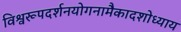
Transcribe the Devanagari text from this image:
विश्वरूपदर्शनयोगनामैकादशोध्याय